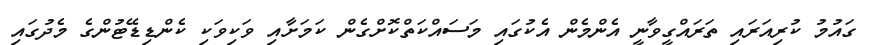
ގައުމު ކުރިއަރައި ތަރައްގީވާނީ އެންމެން އެކުގައި މަސައްކަތްކޮށްގެން ކަމަށާއި ވަކިވަކި ކެންޑިޑޭޓުންގެ މެދުގައި